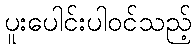
ပူးပေါင်းပါဝင်သည့်